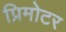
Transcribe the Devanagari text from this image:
प्रिमोटर